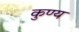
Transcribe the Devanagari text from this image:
कुण्य